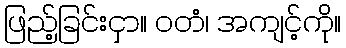
ဖြည့်ခြင်းငှာ။ ဝတံ၊ အကျင့်ကို။